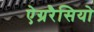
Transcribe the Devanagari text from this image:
ऐग्ररैसियो